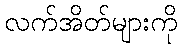
လက်အိတ်များကို